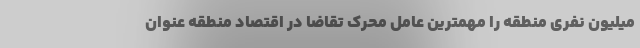
میلیون نفری منطقه را مهمترین عامل محرک تقاضا در اقتصاد منطقه عنوان